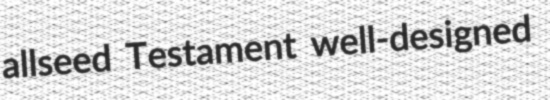
allseed Testament well-designed